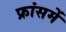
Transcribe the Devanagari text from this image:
फ्रांसमें